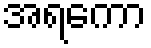
အရကော